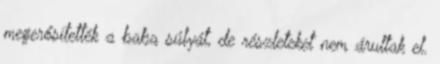
megerősítették a baba súlyát, de részleteket nem árultak el.